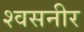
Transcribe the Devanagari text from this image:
श्वसनीर